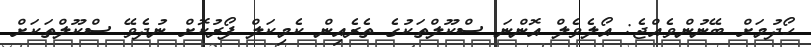
ހޯދުމަށް ބޭނުންވެއްޖެ: އޯލެވެލް އޮންނަ ސްކޫލްތަކުގެ ތެރެއިން ކެމިކަލް ފޯރުކޮށް ނުދެވޭ ސްކޫލްތަކަށް